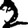
Digit: 2